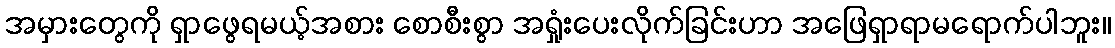
အမှားတွေကို ရှာဖွေရမယ့်အစား စောစီးစွာ အရှုံးပေးလိုက်ခြင်းဟာ အဖြေရှာရာမရောက်ပါဘူး။